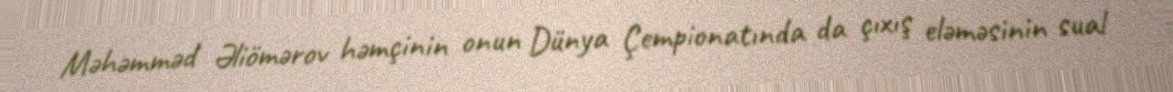
Məhəmməd Əliömərov həmçinin onun Dünya Çempionatında da çıxış eləməsinin sual